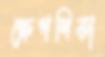
ক্ষেপণিকা